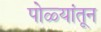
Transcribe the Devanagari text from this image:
पोळ्यांतून